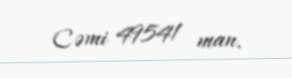
Cəmi 49541 man.